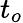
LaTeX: t_{o}